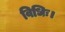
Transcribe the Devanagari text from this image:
विधिः।